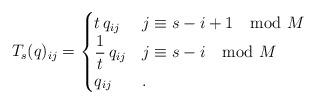
LaTeX: \begin{align*} T_s(q)_{ij} = \begin{cases} t \, q_{ij} & j \equiv s-i+1 \mod M\\ \displaystyle{\frac{1}{t}}\, q_{ij} & j \equiv s-i \mod M\\ q_{ij} & . \end{cases}\end{align*}